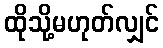
ထိုသို့မဟုတ်လျှင်